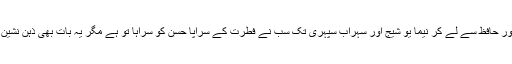
انہوں نے کہا ’’فارسی شاعری میں کلاسیکی شعرا سعدی اور حافظ سے لے کر نیما یو شیج اور سہراب سپہری تک سب نے فطرت کے سراپا حسن کو سراہا تو ہے مگر یہ بات بھی ذہن نشین رہے کہ بیسویں صدی میں عصری حالات بدل چکے ہیں۔